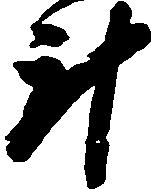
斗